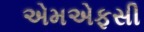
એમએફસી